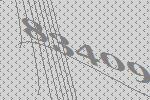
83409